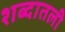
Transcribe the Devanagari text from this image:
शब्दातली